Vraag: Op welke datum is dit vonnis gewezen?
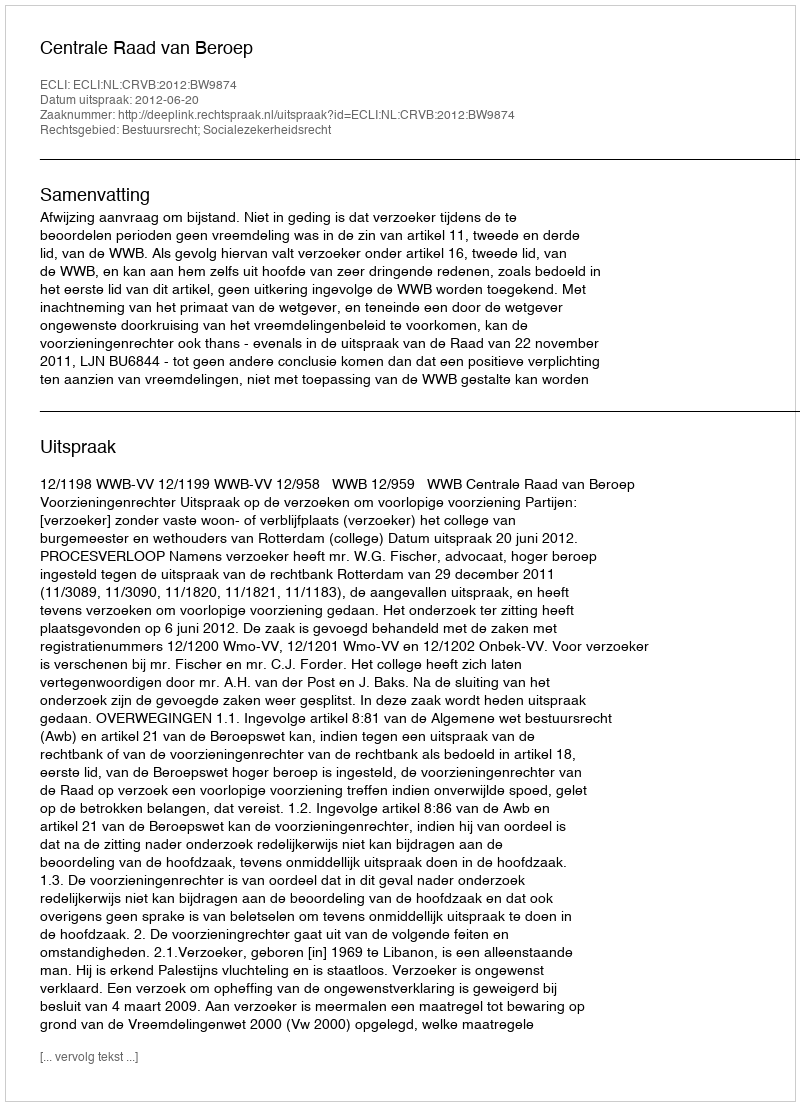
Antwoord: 2012-06-20